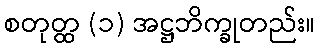
စတုတ္ထ (၁) အဋ္ဌဘိက္ခုတည်း။